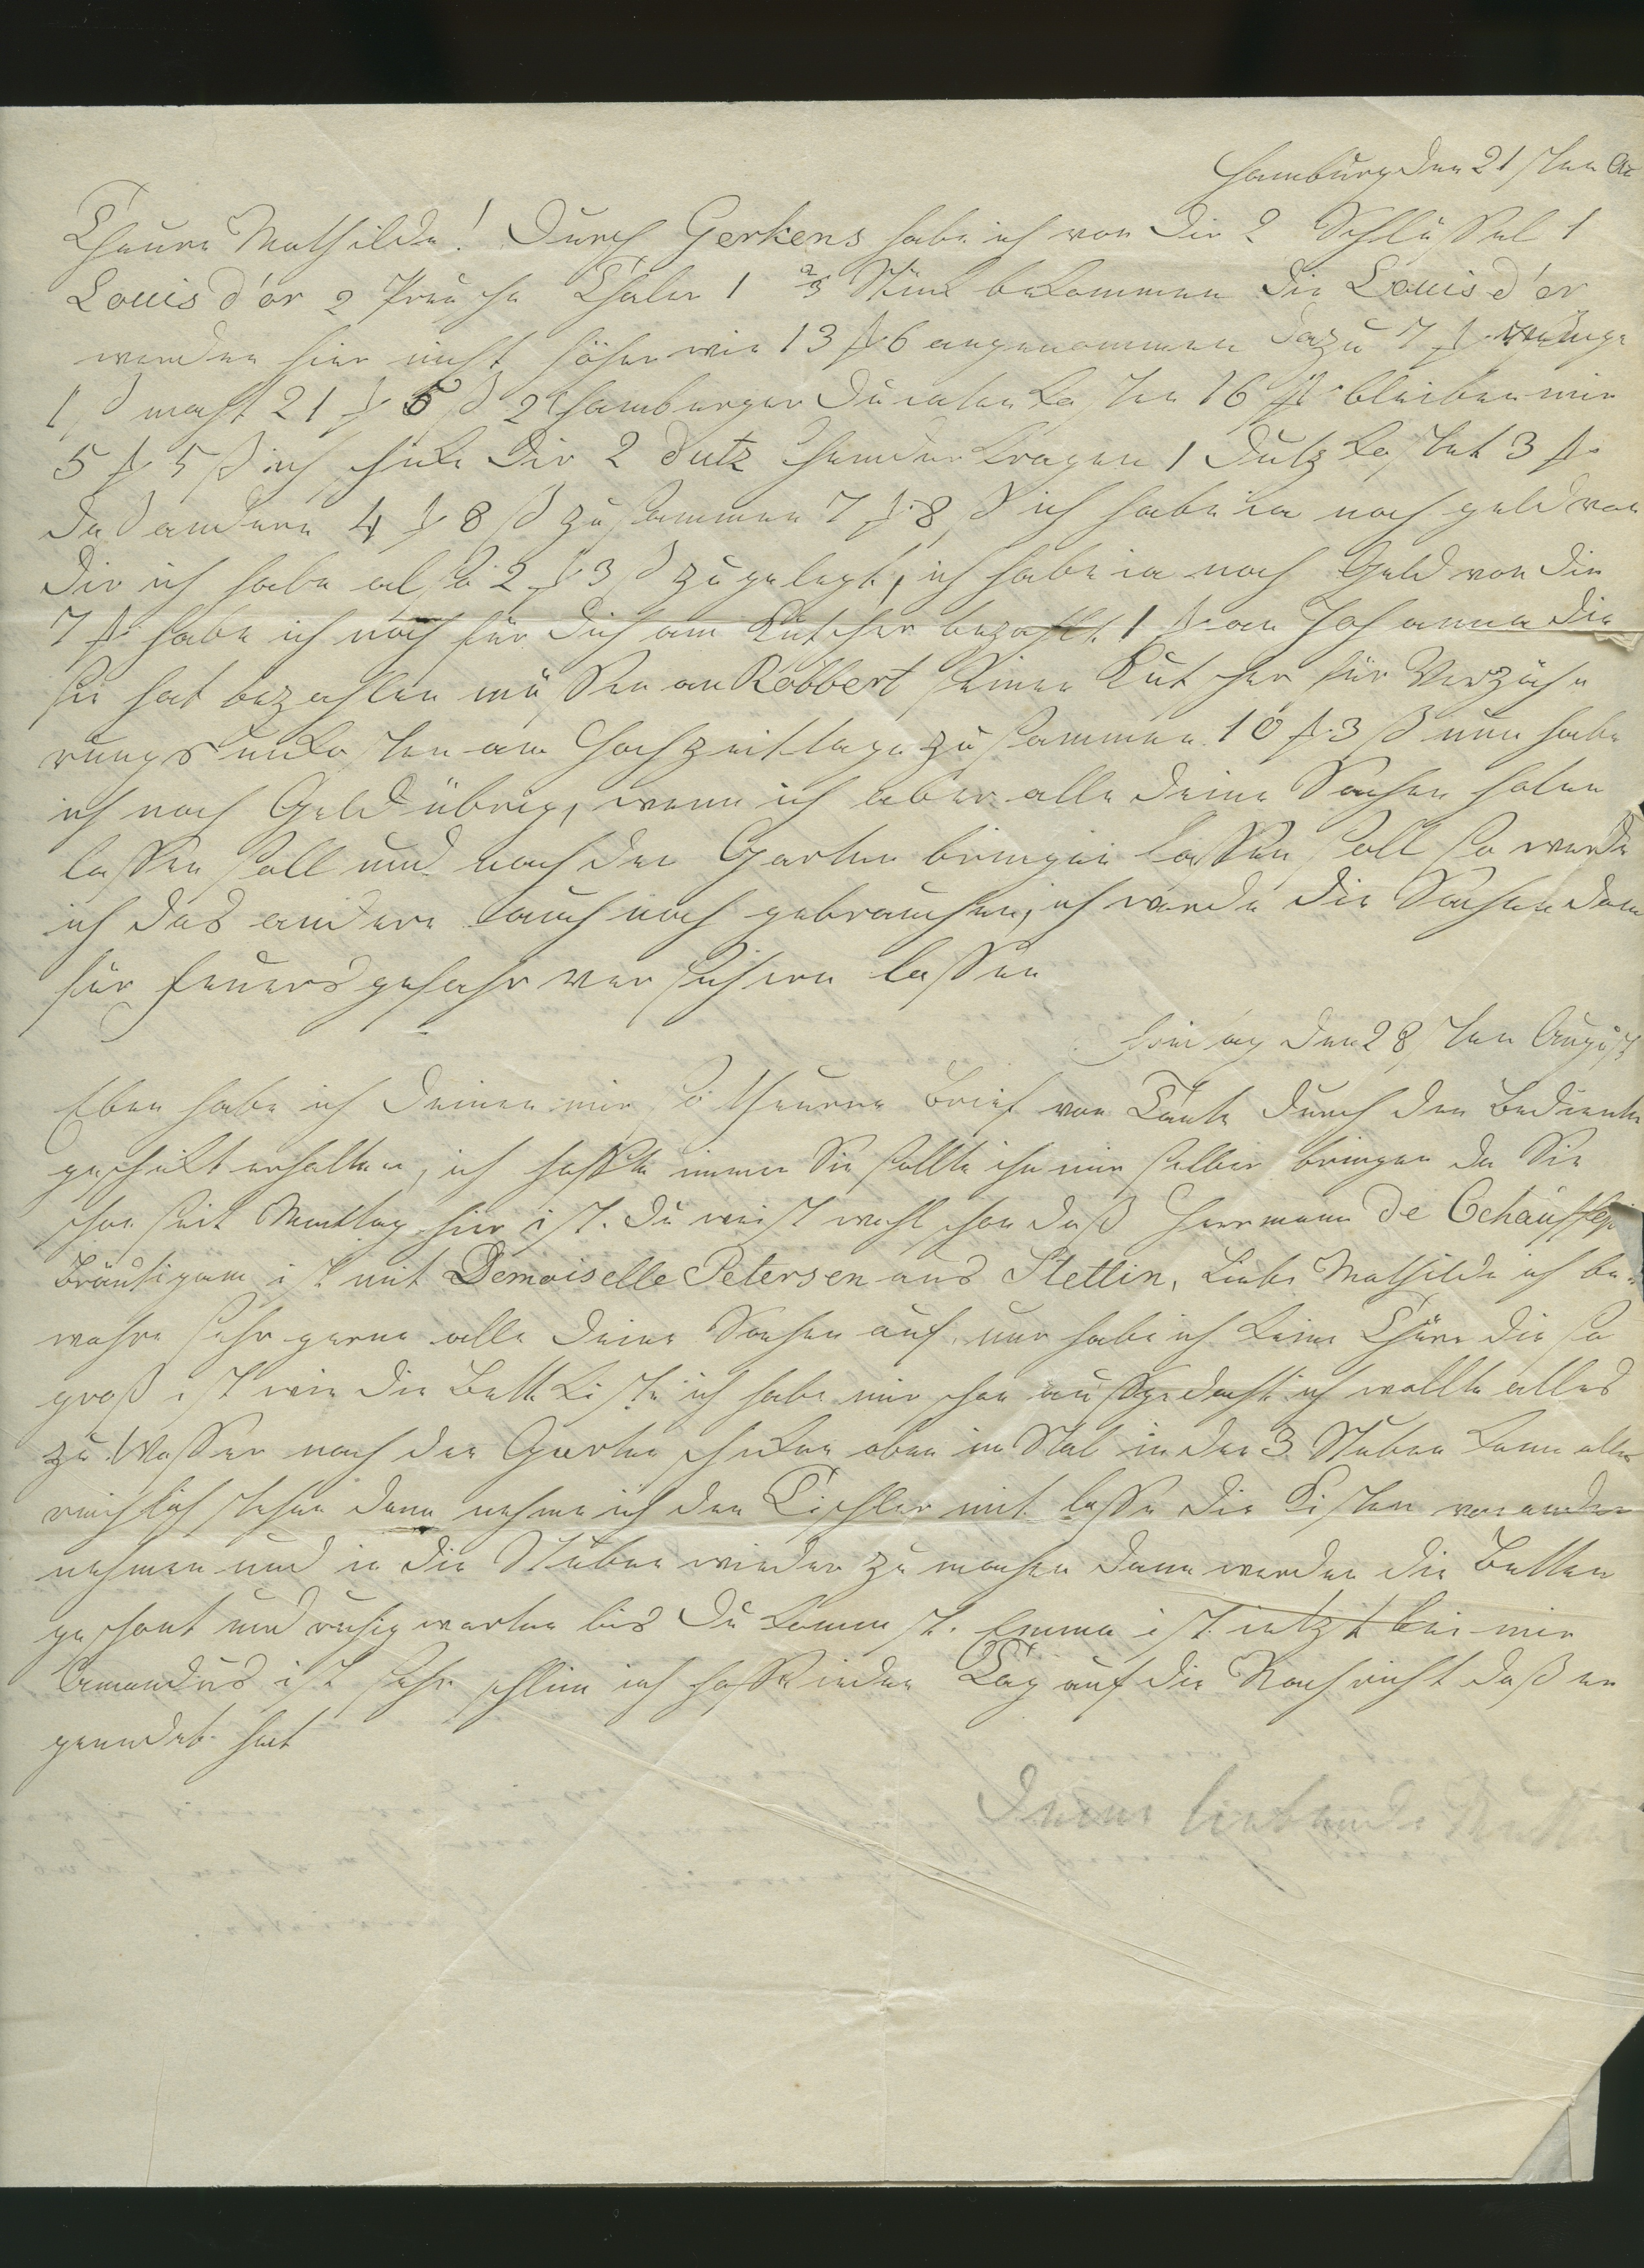
Hamburg den 21 sten At
Theure Mathilde! Durch Gerkens habe ich von Dir 2 Schlüssel 1
Louis d'or 2 Preusche Thaler 1 ⅔ Stück bekommen Die Louis d'or
werden hier nicht höher wie 13 t 6 angenommen Dazu 7 t ge
[ ß macht 21 t 5 ß 2 hamburger Ducaten Kosten 16 t bleiben mir
5 t 5 ß ich schicke Dir 2 dutz Hemden Kragen, 1 Dutz kostet 3 t
Daß andere 4 t 1/ 8 ß zusammen 7 t 8, ß ich habe ia noch geld von
Dir ich habe also 2 t 3 ß zugelegt, ich habe ia noch Geld von dir
7 t habe ich noch für Dich am Kutscher bezahlt 1 t an Johanna die
sie hat bezahlen müssen an Robbert, Seiner Kutscher für Verzieh¬
rungsunkosten am Hochzeitstage zusammen 10 t 3 ß nun habe
ich noch Geld übrig, wenn ich aber alle Deine Sachen holen
lassen soll und nach den Garten bringen lassen soll so werde
ich das andere auch noch gebrauchen, ich werde die Sachen dann
für Feuersgefahr versichern lassen.
Freitag den 28 ten August
Eben habe ich Deinen mir so theuren Brief von Tante durch den Bedienten
geschickt erhalten, ich hoffte immer sie sollte ihn mir selber bringen da sie
schon seit Montag hier ist. Du weist wohl schon daß Hermann de Cchauffe
Bräutigam ist mit Demoiselle Petersen aus Stellin, Liebe Mathilde ich be¬
wahre schon gerne alle Deine Sachen auf nur habe ich keine Thüre die so
groß ist wie die Bettkiste ich habe mir schon ausgedacht ich wollte alles
zu Wasser nach der Garten schicken aber in Stal in der 3 Stuben kann alles
reichlich stehen dann nehme ich den Tischler mit lasse die Kisten von ander
nehmen und in die Stuben wieder zu machen dann werden die Betten
geschont und ruhig warten bis du kommst. Emma ist ietzt bei mir
Amandus ist sehr schlim ich hase ieden Tag auf die Nachricht daß er
geredet hat
Deine liebende Mutter